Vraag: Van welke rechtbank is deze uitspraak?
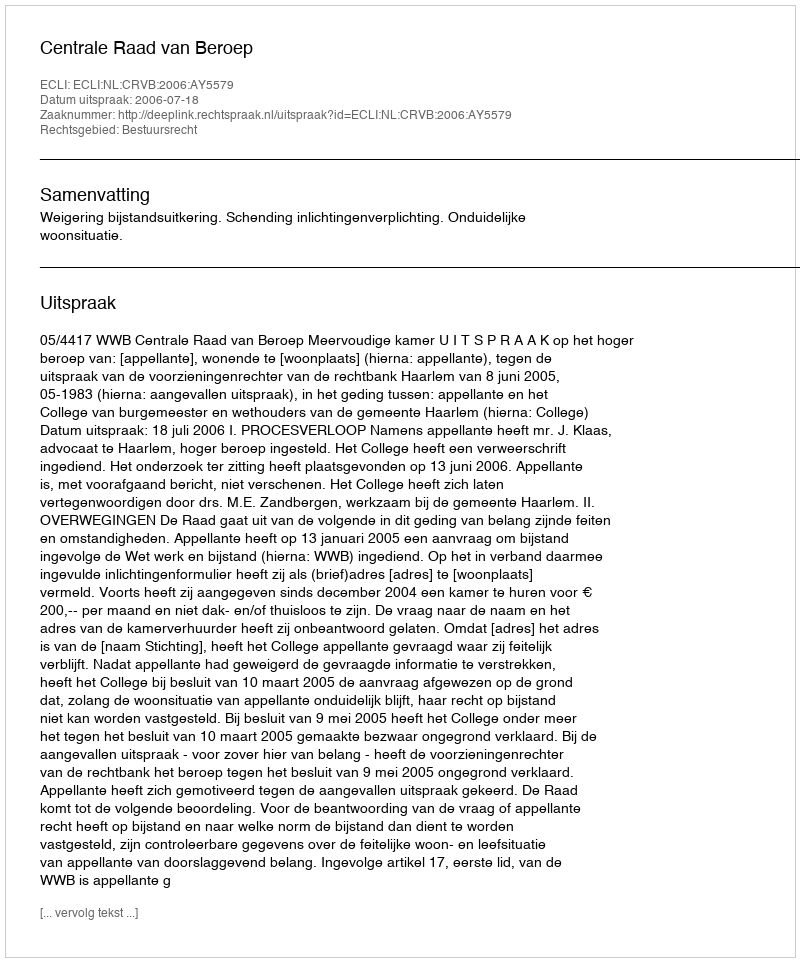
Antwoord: Centrale Raad van Beroep